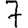
Digit: 7